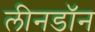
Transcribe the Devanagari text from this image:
लीनडॉन